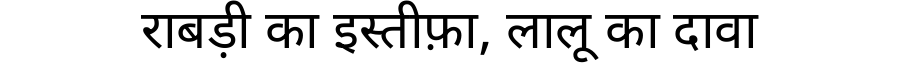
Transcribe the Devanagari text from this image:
राबड़ी का इस्तीफ़ा, लालू का दावा